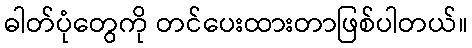
ဓါတ်ပုံတွေကို တင်ပေးထားတာဖြစ်ပါတယ်။